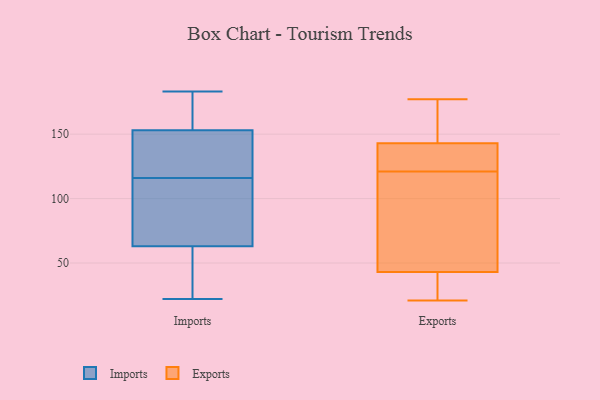
{"axis": {"x": "LTV (USD)", "y": "Value"}, "legend": ["Exports", "Imports"], "data": [{"x": "", "y": 150, "type": "Imports"}, {"x": "", "y": 63, "type": "Imports"}, {"x": "", "y": 141, "type": "Imports"}, {"x": "", "y": 170, "type": "Imports"}, {"x": "", "y": 22, "type": "Imports"}, {"x": "", "y": 103, "type": "Imports"}, {"x": "", "y": 171, "type": "Imports"}, {"x": "", "y": 153, "type": "Imports"}, {"x": "", "y": 53, "type": "Imports"}, {"x": "", "y": 86, "type": "Imports"}, {"x": "", "y": 90, "type": "Imports"}, {"x": "", "y": 51, "type": "Imports"}, {"x": "", "y": 183, "type": "Imports"}, {"x": "", "y": 129, "type": "Imports"}, {"x": "", "y": 27, "type": "Exports"}, {"x": "", "y": 143, "type": "Exports"}, {"x": "", "y": 124, "type": "Exports"}, {"x": "", "y": 173, "type": "Exports"}, {"x": "", "y": 21, "type": "Exports"}, {"x": "", "y": 118, "type": "Exports"}, {"x": "", "y": 140, "type": "Exports"}, {"x": "", "y": 111, "type": "Exports"}, {"x": "", "y": 177, "type": "Exports"}, {"x": "", "y": 148, "type": "Exports"}, {"x": "", "y": 21, "type": "Exports"}, {"x": "", "y": 43, "type": "Exports"}, {"x": "", "y": 134, "type": "Exports"}, {"x": "", "y": 106, "type": "Exports"}]}